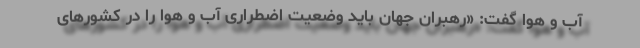
آب و هوا گفت: «رهبران جهان باید وضعیت اضطراری آب و هوا را در کشورهای